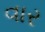
વાર